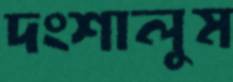
দংশালুম